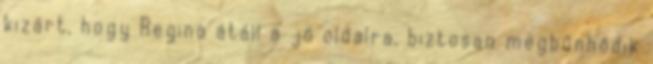
kizárt, hogy Regina átáll a jó oldalra, biztosan megbűnhődik